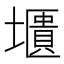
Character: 㙺